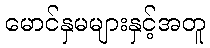
မောင်နှမများနှင့်အတူ